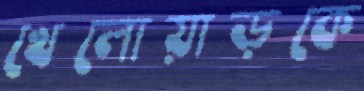
খেলোয়াড়কে